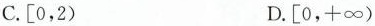
C.[0，2) D.[0，+\infty )